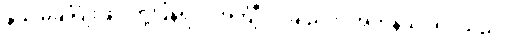
နွယ် မချိပြုံးဖြင့် တုံ့ပြန်ရင်း အင်္ကျီ၊ လုံချည်ကို အတန်သပ်ရပ်သည်။